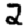
Digit: 2